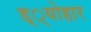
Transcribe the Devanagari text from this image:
ड््योहार